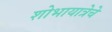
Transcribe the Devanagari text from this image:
शोभायात्रेचे